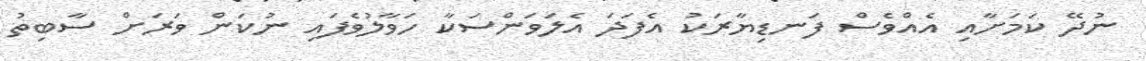
ނުދޭ ކަމަށާއި އެއްވެސް ފަނޑިޔާރަކު އެފަދަ އެލަވަންސަކާ ހަވާލުވެފައި ނުކަން ވަރަށް ސާބިތު